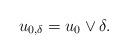
LaTeX: \begin{align*}u_{0,\delta} = u_0 \vee \delta.\end{align*}